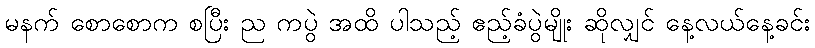
မနက် စောစောက စပြီး ည ကပွဲ အထိ ပါသည့် ဧည့်ခံပွဲမျိုး ဆိုလျှင် နေ့လယ်နေ့ခင်း